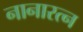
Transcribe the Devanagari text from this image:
नानारत्न